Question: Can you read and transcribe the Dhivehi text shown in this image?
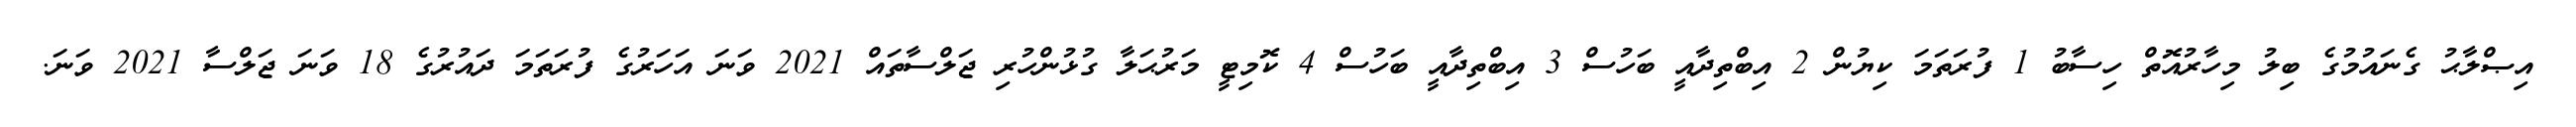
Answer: އިޞްލާޙު ގެނައުމުގެ ބިލު މިހާރުއޮތް ހިސާބު 1 ފުރަތަމަ ކިޔުން 2 އިބްތިދާއީ ބަހުސް 3 އިބްތިދާއީ ބަހުސް 4 ކޮމިޓީ މަރުޙަލާ ގުޅުންހުރި ޖަލްސާތައް 2021 ވަނަ އަހަރުގެ ފުރަތަމަ ދައުރުގެ 18 ވަނަ ޖަލްސާ 2021 ވަނަ.